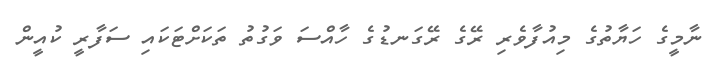
ނާމީގެ ހަޔާތުގެ މިއުފާވެރި ރޭގެ ރޭގަނޑުގެ ހާއްސަ ވަގުތު ތަކަށްޓަކައި ސަފާރީ ކުއީން